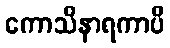
ကောသိနာရကာပိ